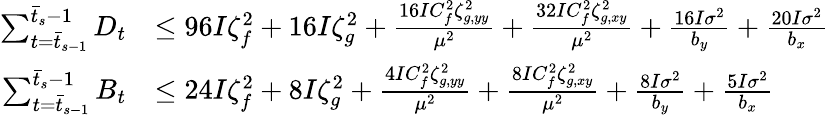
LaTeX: \begin{array}{rl}{\sum_{t=\bar{t}_{s-1}}^{\bar{t}_{s}-1}D_{t}}&{\leq 96I\zeta_{f}^{2}+16I\zeta_{g}^{2}+\frac{16IC_{f}^{2}\zeta_{g,yy}^{2}}{\mu^{2}}+\frac{32IC_{f}^{2}\zeta_{g,xy}^{2}}{\mu^{2}}+\frac{16I\sigma^{2}}{b_{y}}+\frac{20I\sigma^{2}}{b_{x}}}\\ {\sum_{t=\bar{t}_{s-1}}^{\bar{t}_{s}-1}B_{t}}&{\leq 24I\zeta_{f}^{2}+8I\zeta_{g}^{2}+\frac{4IC_{f}^{2}\zeta_{g,yy}^{2}}{\mu^{2}}+\frac{8IC_{f}^{2}\zeta_{g,xy}^{2}}{\mu^{2}}+\frac{8I\sigma^{2}}{b_{y}}+\frac{5I\sigma^{2}}{b_{x}}}\end{array}